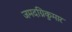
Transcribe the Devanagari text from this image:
जमदग्निकुमार